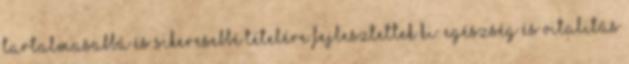
tartalmasabbá és sikeresebbé tételére fejlesztettek ki: Egészség és vitalitás